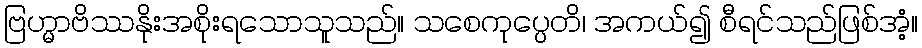
ဗြဟ္မာဗိဿနိုးအစိုးရသောသူသည်။ သစေကုပ္ပေတိ၊ အကယ်၍ စီရင်သည်ဖြစ်အံ့။